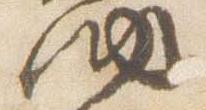
納